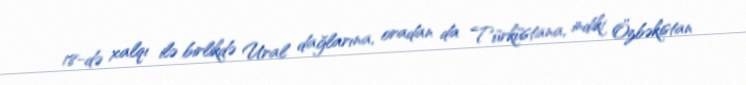
18-də xalqı ilə birlikdə Ural dağlarına, oradan da Türküstana, indiki Özbəkistan